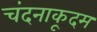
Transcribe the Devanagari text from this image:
चंदनाकूदम